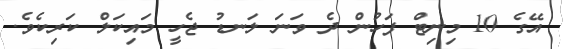
އޭގެ 10 މިނިޓް ފަހުން ދެ ވަނަ ލަނޑު ޖެހީ މައިކަލް ކަރިކެވެ.